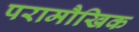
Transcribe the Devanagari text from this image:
परामौखिक